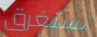
نستغرق